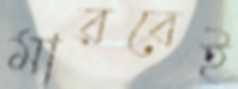
মারবেই